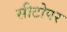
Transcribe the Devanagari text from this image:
सीटोपर